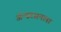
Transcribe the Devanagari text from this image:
ॲन्डरसनला